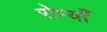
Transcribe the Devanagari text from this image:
रोम्याँ